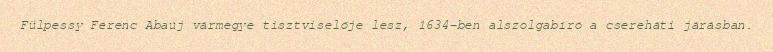
Fülpessy Ferenc Abaúj vármegye tisztviselője lesz, 1634-ben alszolgabíró a csereháti járásban.